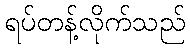
ရပ်တန့်လိုက်သည်